Vaccination in Burma 1920-1933 - 1920-1933
Year: 1920
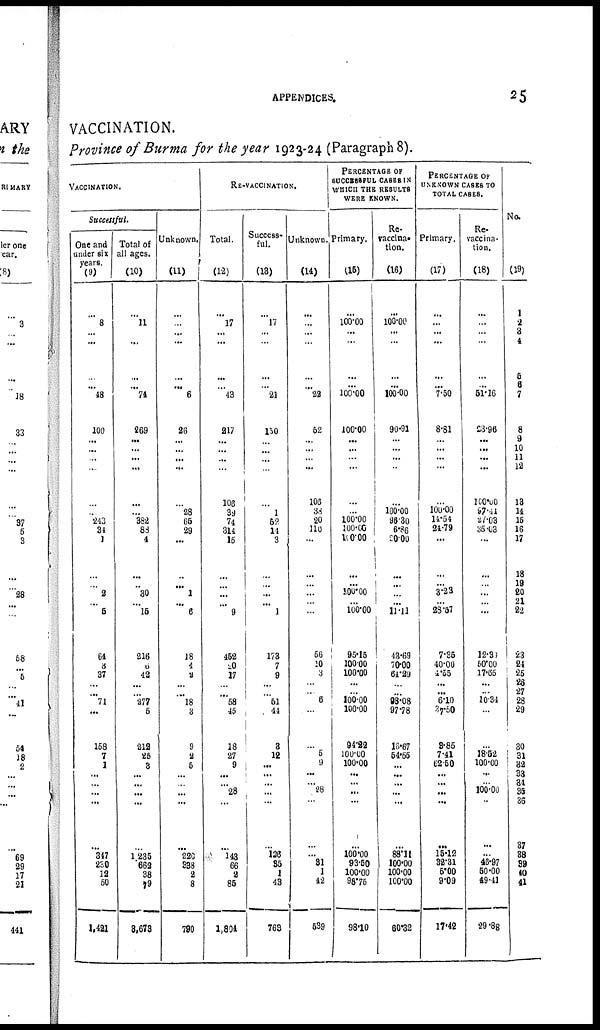
APPENDICES.
25
VACCINATION.
Province of Burma for the year 1923-24 (Paragraph 8).
VACCINATION.
Successful.
One and
under six
years.
(9)
...
8
...
...
...
... 48
100
... ...
...
...
...
... 243
34
1
...
...
2
...
6
64
3
37
... ... 71
...
158
7
1
...
... ...
...
...
347
230
12 50
1,421
Total of
all ages.
(10)
...
1l
...
...
...
... 74
269
... ... ...
...
...
... 382
88
4
...
... 30
...
15
216
0
42
...
... 277
5
212
25
3
...
... ...
...
...
1,235
662
38
79
3,678
Unknown.
(11)
...
...
...
...
...
... 6
26
... ... ...
...
...
28
65
29
...
...
... 1
...
6
18
4
2
...
...
18
3
9
2
5
...
... ...
...
...
226
838
2
8
790
RE-VACCINATION.
Total.
(12)
...
17
...
...
...
... 43
217
... ...
...
...
106
39
74
314
15
...
...
...
...
9
452
20
17
...
...
58
45
18
27
9
...
... 28
...
...
143
66
2
85
1,894
Success¬
ful.
(13)
...
17
...
...
...
... 21
150
... ...
...
...
...
1
52
14
3
...
...
... ... 1
178
7
9
... ... 51
44
3
12
...
...
... ...
...
...
126
35
1
43
768
Unknown.
(14)
...
...
...
...
...
... 22
52
... ...
... ...
106
38
20
110
...
...
... ...
...
...
56
10
3
...
... 6
...
...
5
9
...
... 28
...
...
... 81
1
12
539
PERCENTAGE OF
SUCCESSFUL CASES IN
WHICH THE RESULTS
WERE KNOWN.
Primary.
(15)
...
100.00
...
...
...
...
100.00
100.00
... ...
...
...
...
...
100.00
100.00
100.00
...
...
100.00
...
100.00
95.15
100.00
100.00
...
...
100.00
100.00
94.22
100.00
100.00
...
... ...
...
...
100.00
93.50
100.00
98.75
98.10
Re¬
vaccina¬
tion.
(16)
...
100.00
...
...
...
...
100.00
90.91
... ... ...
...
...
100.00
96.30
6.86
20.00
... ...
... ...
11.11
43.69
70.00
64.20
... ...
98.08
97.78
16.67
54.55
...
...
...
...
...
...
88.11
100.00
100.00
100.00
60.32
PERCENTAGE OF
UNKNOWN CASES TO
TOTAL CASES.
Primary.
(17)
...
...
...
...
...
... 7.50
8.81
... ...
...
...
...
100.00
14.54
24.79
...
...
... 3.23
...
28.57
7.35
40.00
4.55
...
... 6.10
37.50
3.86
7.14
62.50
...
... ...
...
...
15.12
32.31
5.00
9.09
17.42
Re¬
vaccina-
tion.
(18)
...
...
...
...
...
... 51.16
23.96
... ... ...
...
100.00
97.44
27.03
35.03
...
...
... ...
...
...
12.39
50.00
17.65
...
... 10.34
...
...
18.52
100.00
...
... 100.00
...
...
...
46.97
50.00
49.41
29.88
No.
(19)
1
2
3
4
5
6
7
8
9
10
11
12
13
14
15
16
17
18
19
20
21
22
23
24
25
26
27
28
29
30
31
32
33
34
35
36
37
38
39
40
41